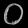
Digit: ၀